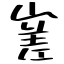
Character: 嵳